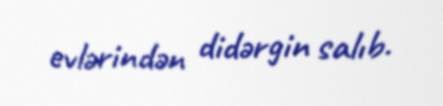
evlərindən didərgin salıb.